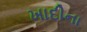
ખાદીના